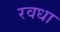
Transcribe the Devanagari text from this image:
रवधा